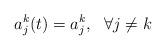
LaTeX: \begin{align*} a^k_j(t)=a^k_j, \ \ \forall j\not=k \end{align*}